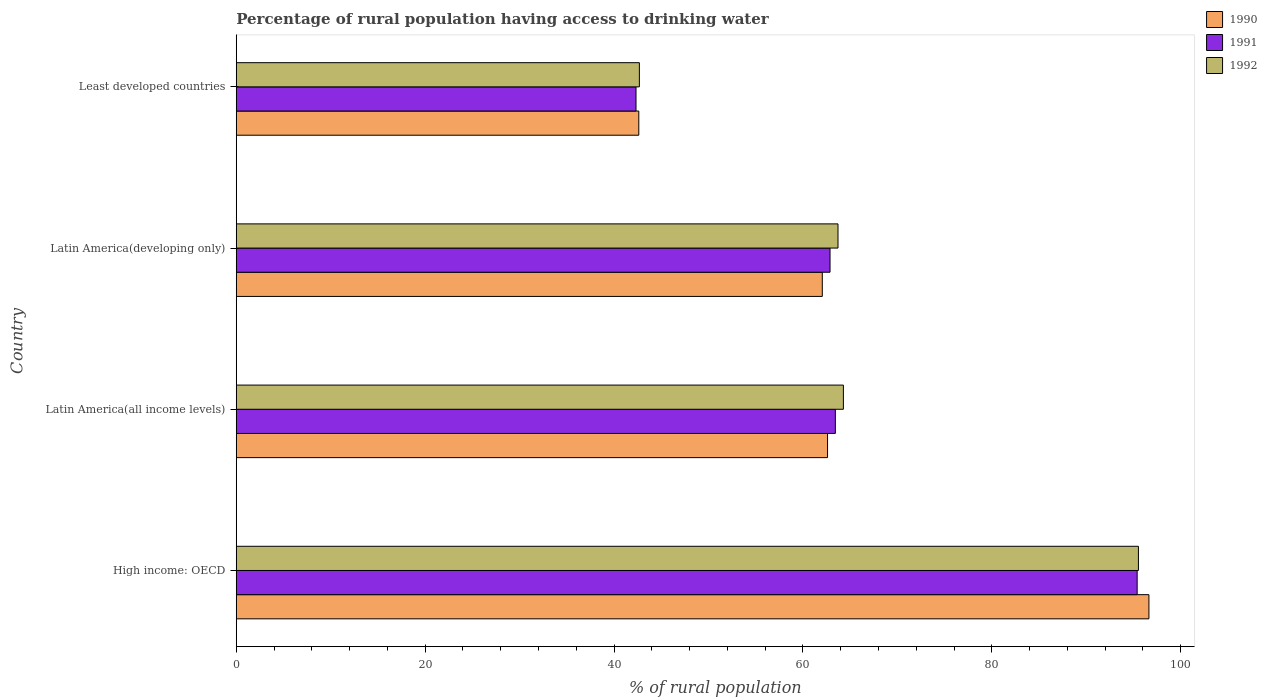
| Country | 1990 | 1991 | 1992 |
 | --- | --- | --- | --- |
 | High income: OECD | 96.6 | 95.4 | 95.5 |
 | Latin America(all income levels) | 62.6 | 63.4 | 64.3 |
 | Latin America(developing only) | 62.1 | 62.9 | 63.7 |
 | Least developed countries | 42.6 | 42.3 | 42.7 |